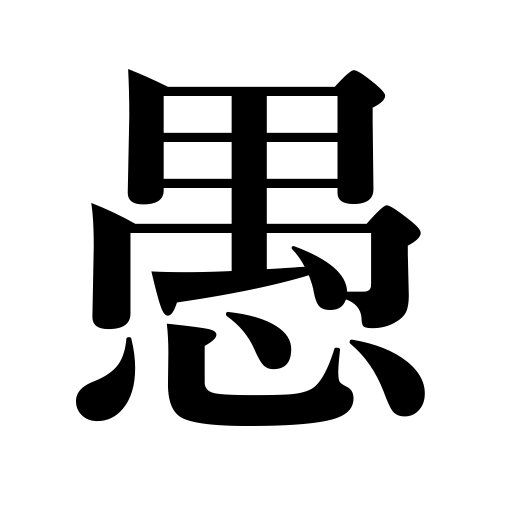
Meanings: fool,foolish,dull,stupid,folly,absurdity,foolishness